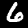
Label: 6